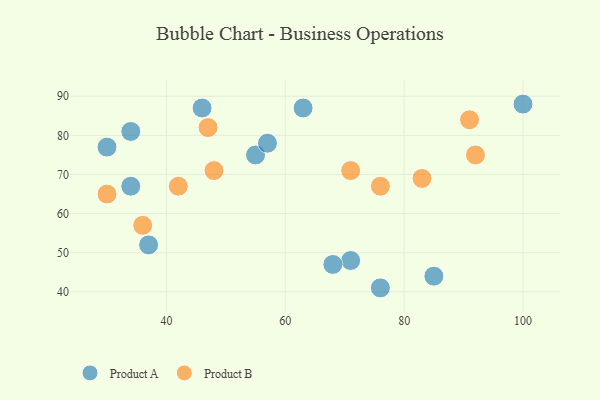
{"axis": {"x": "GDP", "y": "Life Expectancy"}, "legend": ["Product A", "Product B"], "data": [{"x": "34", "y": 81, "type": "Product A"}, {"x": "46", "y": 87, "type": "Product A"}, {"x": "30", "y": 77, "type": "Product A"}, {"x": "71", "y": 48, "type": "Product A"}, {"x": "63", "y": 87, "type": "Product A"}, {"x": "34", "y": 67, "type": "Product A"}, {"x": "37", "y": 52, "type": "Product A"}, {"x": "100", "y": 88, "type": "Product A"}, {"x": "55", "y": 75, "type": "Product A"}, {"x": "85", "y": 44, "type": "Product A"}, {"x": "57", "y": 78, "type": "Product A"}, {"x": "76", "y": 41, "type": "Product A"}, {"x": "68", "y": 47, "type": "Product A"}, {"x": "36", "y": 57, "type": "Product B"}, {"x": "30", "y": 65, "type": "Product B"}, {"x": "83", "y": 69, "type": "Product B"}, {"x": "76", "y": 67, "type": "Product B"}, {"x": "92", "y": 75, "type": "Product B"}, {"x": "71", "y": 71, "type": "Product B"}, {"x": "42", "y": 67, "type": "Product B"}, {"x": "91", "y": 84, "type": "Product B"}, {"x": "48", "y": 71, "type": "Product B"}, {"x": "47", "y": 82, "type": "Product B"}]}